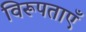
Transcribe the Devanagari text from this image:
विरूपताएँ